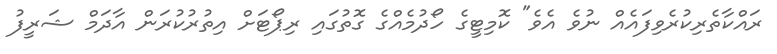
ރައްކާތެރިކުރެވިފައެއް ނުވެ އެވެ" ކޮމިޓީގެ ހޯދުމެއްގެ ގޮތުގައި ރިޕޯޓަށް އިތުރުކުރަން އާދަމް ޝަރީފު